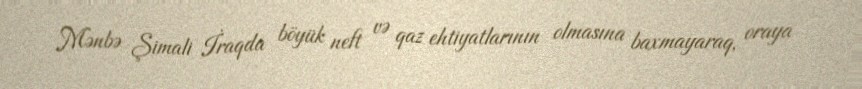
Mənbə Şimali İraqda böyük neft və qaz ehtiyatlarının olmasına baxmayaraq, oraya